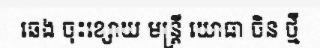
ឆេង ចុះខ្សោយ មន្ត្រី យោធា ចិន ថ្មី